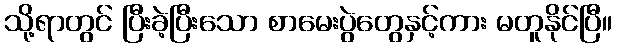
သို့ရာတွင် ပြီးခဲ့ပြီးသော စာမေးပွဲတွေနှင့်ကား မတူနိုင်ပြီ။